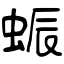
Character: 蜄